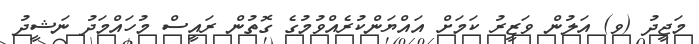
މަޖީދު (ވ) އަލުން ވަޒީރު ކަމަށް އައްޔަންކުރެއްވުމުގެ ގޮތުން ރައީސް މުހައްމަދު ނަޝީދު